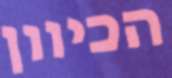
הכיוון